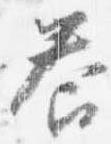
答